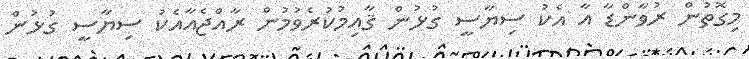
މިގޮތުން ރުވާންޑާ އާ އެކު ސިޔާސީ ގުޅުން ޤާއިމުކުރެވުމުން ރާއްޖެއާއެކު ސިޔާސީ ގުޅުން